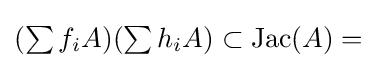
{\textstyle (\sum f_{i}A)(\sum h_{i}A)\subset \operatorname {Jac} (A)=}